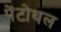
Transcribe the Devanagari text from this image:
पेंटोथल